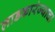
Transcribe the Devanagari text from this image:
लाडकारंज्याचा